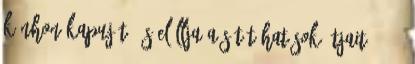
kínhon kapuját, és elállja a sötét hatások útjait. 143.